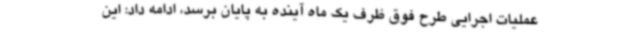
عملیات اجرایی طرح فوق ظرف یک ماه آینده به پایان برسد، ادامه داد: این